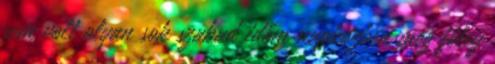
sem volt olyan sok szabad időm napközben meg főleg